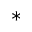
*